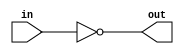
module top_module( input in, output out );
	assign out = ~in;
    // Alternative implementation
    // assign out = !in;
endmodule